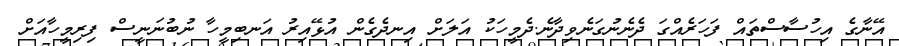
އޭނާގެ އިހުސާސްތައް ފަހަރެއްގަ ދެނެނުގަނެވިދާނެ.ދެމީހަކު އަލަށް އިނދެގެން އުޅޭއިރު އަނބިމީހާ ނުބުނަނީސް ފިރިމީހާއަށް